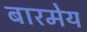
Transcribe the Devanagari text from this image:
बारमेय